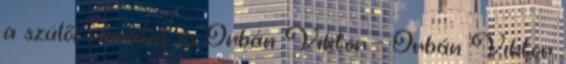
a szülői szeretet és Orbán Viktor - Orbán Viktor